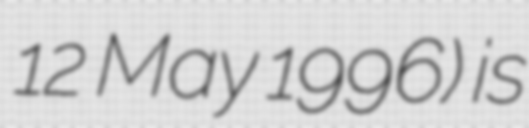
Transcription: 12 May 1996) is